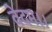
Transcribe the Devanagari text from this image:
वेदम।।